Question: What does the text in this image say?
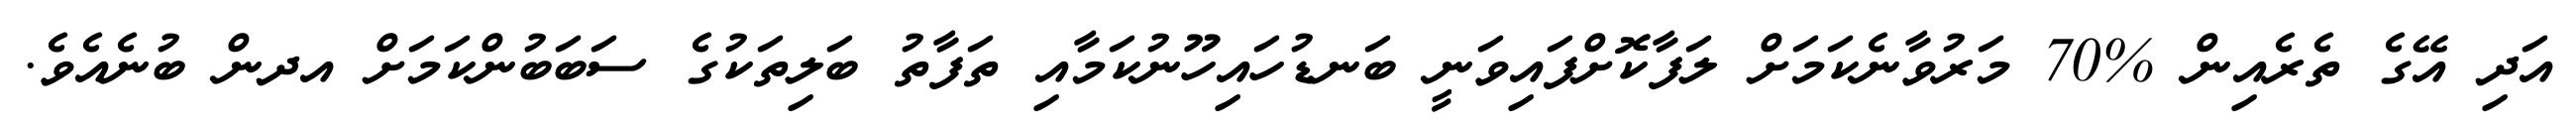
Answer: އަދި އޭގެ ތެރެއިން %70 މަރުވާނެކަމަށް ލަފާކޮށްފައިވަނީ ބަނޑުހައިހޫނުކަމާއި ތަފާތު ބަލިތަކުގެ ސަބަބުންކަމަށް އދން ބުނެއެވެ.